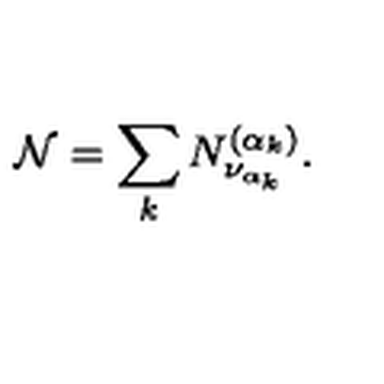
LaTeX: { \mathcal N } = \sum _ { k } N _ { \nu _ { \alpha _ { k } } } ^ { ( \alpha _ { k } ) } .